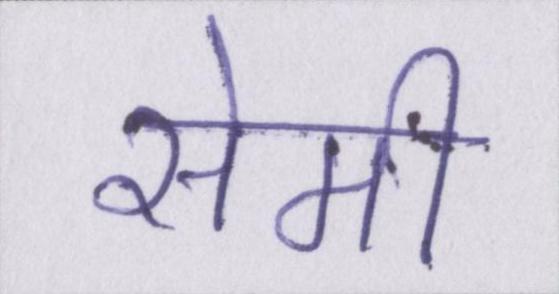
सेमी